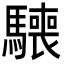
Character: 𩦌